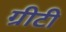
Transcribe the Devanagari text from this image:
ग्रीटी